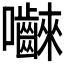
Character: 𭍐